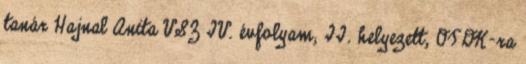
tanár Hajnal Anita VSZ IV. évfolyam; II. helyezett, OTDK-ra